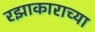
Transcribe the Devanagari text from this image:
रझाकाराच्या